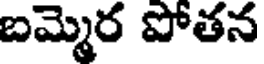
బమ్మెర పోతన